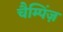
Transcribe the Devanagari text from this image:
चैम्पिंज़